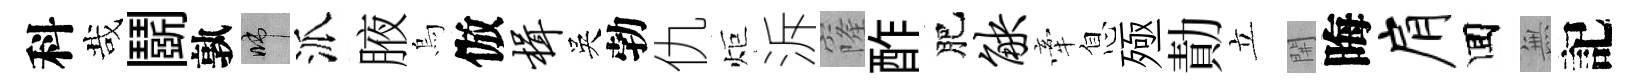
科哉鬬孰啼派腋烏倣楫吳勃仇炬泝窿酢肥觖牽息殛勣立𨳩晦肩囬𭴾記